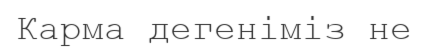
Карма дегеніміз не